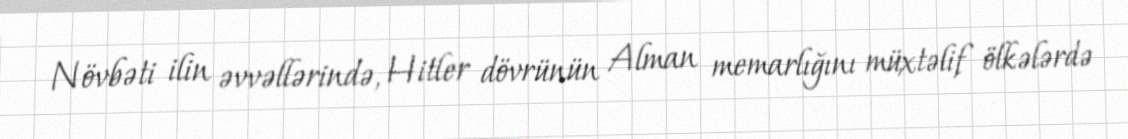
Növbəti ilin əvvəllərində, Hitler dövrünün Alman memarlığını müxtəlif ölkələrdə